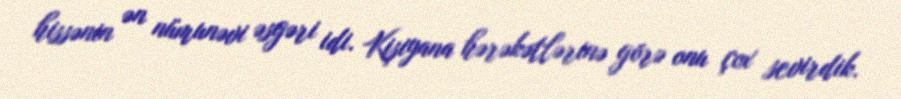
hissənin ən nümunəvi əsgəri idi. Kişiyana hərəkətlərinə görə onu çox sevirdik.